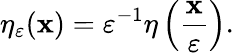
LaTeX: \eta_{\varepsilon}(\mathbf{x})=\varepsilon^{-1}\eta\left({\frac{{\mathbf{x}}}{{\varepsilon}}}\right).